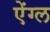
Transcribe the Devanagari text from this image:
ऐंग्ल